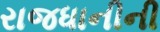
રાજધાનીની